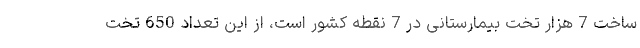
ساخت 7 هزار تخت بیمارستانی در 7 نقطه كشور است، از این تعداد 650 تخت